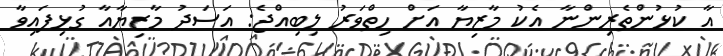
އާ ކުޅުންތެރިންނާ އެކު މާޒިޔާ އަށް ހިތްވަރު ލިބިއްޖެ: އަސަދު މާޒިޔާއާ ގުޅިފައިވާ